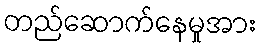
တည်ဆောက်နေမှုအား